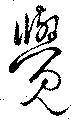
覚